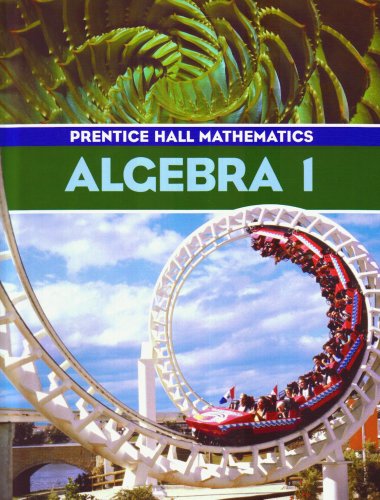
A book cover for Algebra 1 (Prentice Hall Mathematics); Bellman; Teen & Young Adult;